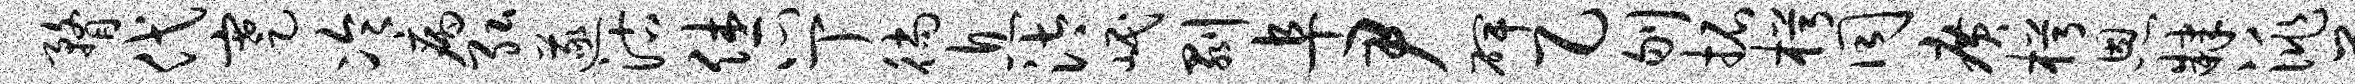
瞀代蹇冷病弘遂沽休心丁徜息汰岷剥阜尹碑乙刎拓枵同广枵恩肄洮萎